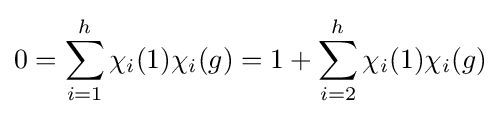
0=\sum _{i=1}^{h}\chi _{i}(1)\chi _{i}(g)=1+\sum _{i=2}^{h}\chi _{i}(1)\chi _{i}(g)